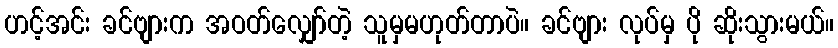
ဟင့်အင်း ခင်ဗျားက အဝတ်လျှော်တဲ့ သူမှမဟုတ်တာပဲ။ ခင်ဗျား လုပ်မှ ပို ဆိုးသွားမယ်။